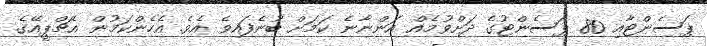
ޕަސެންޓާއި 80 ޕަސެންޓުގެ ދަށްވުމެއް އަންނާނެ ކަމަށް ބުނެފައިވެ އެވެ. އެހެންކަމުން އެޗްޕީއޭގެ